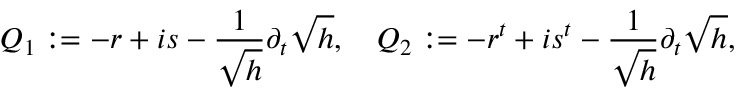
Q _ { 1 } : = - r + i s - \frac { 1 } { \sqrt { h } } \partial _ { t } \sqrt { h } , \quad Q _ { 2 } : = - r ^ { t } + i s ^ { t } - \frac { 1 } { \sqrt { h } } \partial _ { t } \sqrt { h } ,